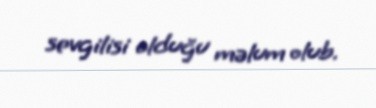
sevgilisi olduğu məlum olub.